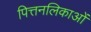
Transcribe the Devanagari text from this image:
पित्तनलिकाओं